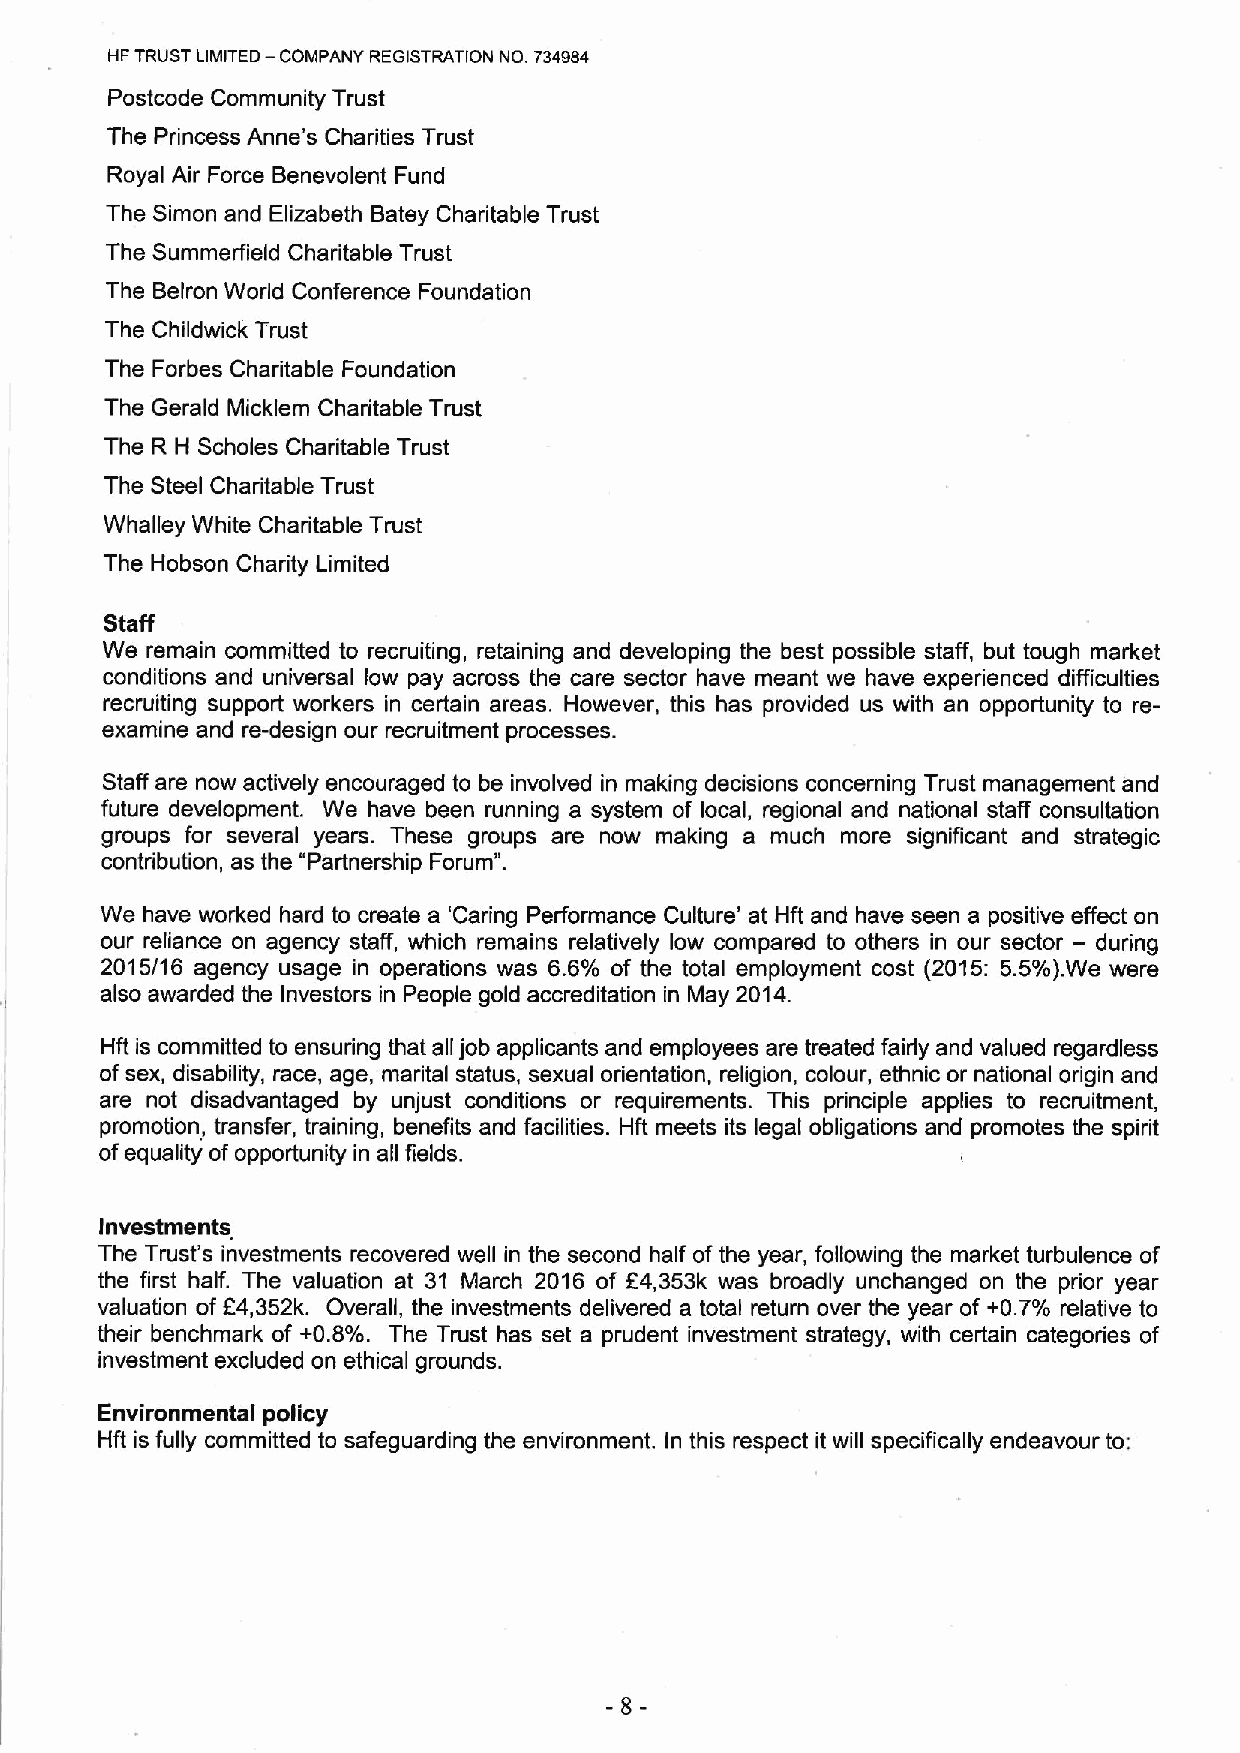
I4FTRUST LIMITED — COMPANY REGISTRATION No. 734984
 Postcode Community Trust
 The Princess Anne's Charities Trust
 Royal Air Force Benevolent Fund
 The Simon and Elizabeth Batey Charitable Trust
 The Summerfield Charitable Trust
 The Belron World Conference Foundation
 The Childwick Trust
 The Forbes Charitable Foundation
 The Gerald Micklem Charitable Trust
 The R H Scholes Charitable Trust
 The Steel Charitable Trust
 Whalley White Charitable Trust
 The Hobson Charity Limited
 Staff
 We remain committed to recruiting, retaining and developing the best possible staff, but tough market
 conditions and universal low pay across the care sector have meant we have experienced difficulties
 recruiting support workers in certain areas. However, this has provided us with an opportunity to re-
 examine and re-design our recruitment processes.
 Staff are now actively encouraged to be involved in making decisions concerning Trust management and
 future development. We have been running a system of local, regional and national staff consultation
 groups for several years. These groups are now making a much more significant and strategic
 contribution, as the "Partnership Forum".
 We have worked hard to create a 'Caring Performance Culture' at Hft and have seen a positive effect on
 our reliance on agency staff, which remains relatively low compared to others in our sector — during
 2015/16 agency usage in operations was 6.6% of the total employment cost (2015: 5.5%).We were
 also awarded the Investors in People gold accreditation in May 2014.
 Hft is committed to ensuring that all job applicants and employees are treated fairly and valued regardless
 ofsex, disability, race, age, marital status, sexual orientation, religion, colour, ethnic or national origin and
 are not disadvantaged by unjust conditions or requirements. This principle applies to recruitment,
 promotion, transfer, training, benefits and facilities. Hft meets its legal obligations and promotes the spirit
 ofequality of opportunity in all fields.
 Investments
 The Trust's investments recovered well in the second half of the year, following the market turbulence of
 the first half. The valuation at 31 March 2016 of E4,353k was broadly unchanged on the prior year
 valuation of p4,352k. Overall, the investments delivered a total return over the year of +0.7% relative to
 their benchmark of +0.6%. The Trust has set a prudent investment strategy, with certain categories of
 investment excluded on ethical grounds.
 Environmental policy
 Hft is fully committed to safeguarding the environment. In this respect it will specifically endeavour to:
 -8-